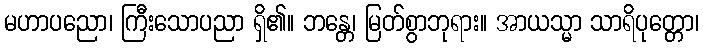
မဟာပညော၊ ကြီးသောပညာ ရှိ၏။ ဘန္တေ၊ မြတ်စွာဘုရား။ အာယသ္မာ သာရိပုတ္တော၊